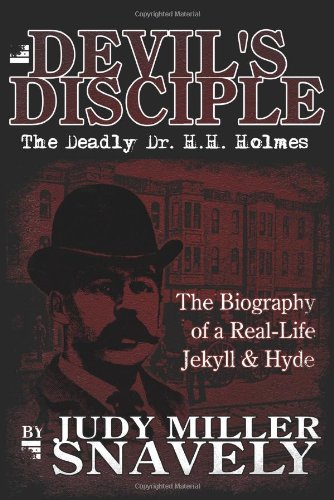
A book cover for Devil's Disciple: The Deadly Dr. H.H. Holmes; Judy Snavely; Biographies & Memoirs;